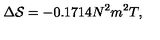
\Delta { \cal S } = - 0 . 1 7 1 4 N ^ { 2 } m ^ { 2 } T ,